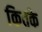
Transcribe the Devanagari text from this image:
कितके